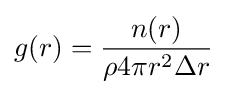
g(r)={\frac {n(r)}{\rho 4\pi r^{2}\Delta r}}